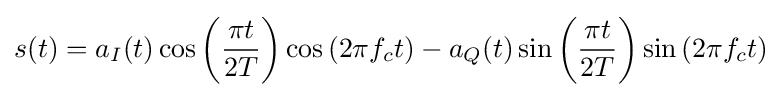
s(t)=a_{I}(t)\cos {\left({\frac {{\pi }t}{2T}}\right)}\cos {(2{\pi }f_{c}t)}-a_{Q}(t)\sin {\left({\frac {{\pi }t}{2T}}\right)}\sin {\left(2{\pi }f_{c}t\right)}